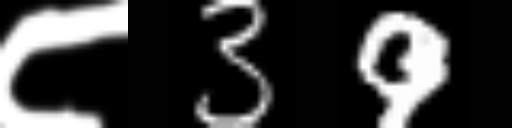
Text: ८39